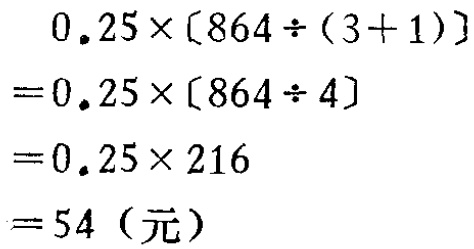
\[
\begin{align*}
&0.25\times[864\div(3 + 1)]\\
=&0.25\times[864\div4]\\
=&0.25\times216\\
=&54\ (\text{元})
\end{align*}
\]